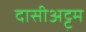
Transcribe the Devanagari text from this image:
दासीअट्ट्म